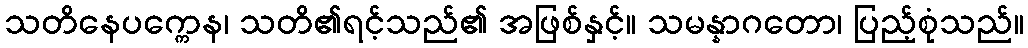
သတိနေပက္ကေန၊ သတိ၏ရင့်သည်၏ အဖြစ်နှင့်။ သမန္နာဂတော၊ ပြည့်စုံသည်။